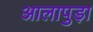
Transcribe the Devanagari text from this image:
आलापुड़ा